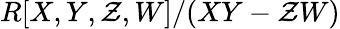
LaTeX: R[X,Y,\mathcal{Z},W]/(XY-\mathcal{Z}W)